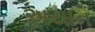
અયાન